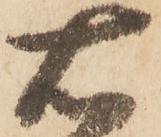
右